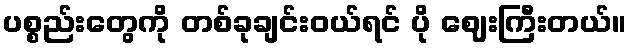
ပစ္စည်းတွေကို တစ်ခုချင်းဝယ်ရင် ပို ဈေးကြီးတယ်။